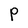
Character: P